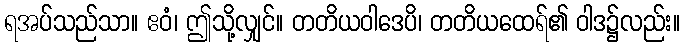
ရအပ်သည်သာ။ ဧဝံ၊ ဤသို့လျှင်။ တတိယဝါဒေပိ၊ တတိယထေရ်၏ ဝါဒ၌လည်း။